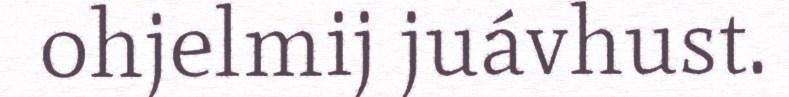
ohjelmij juávhust.